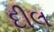
દીલ